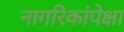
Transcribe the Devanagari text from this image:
नागरिकांपेक्षा